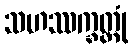
သဟဿက္ခတ္တုံ